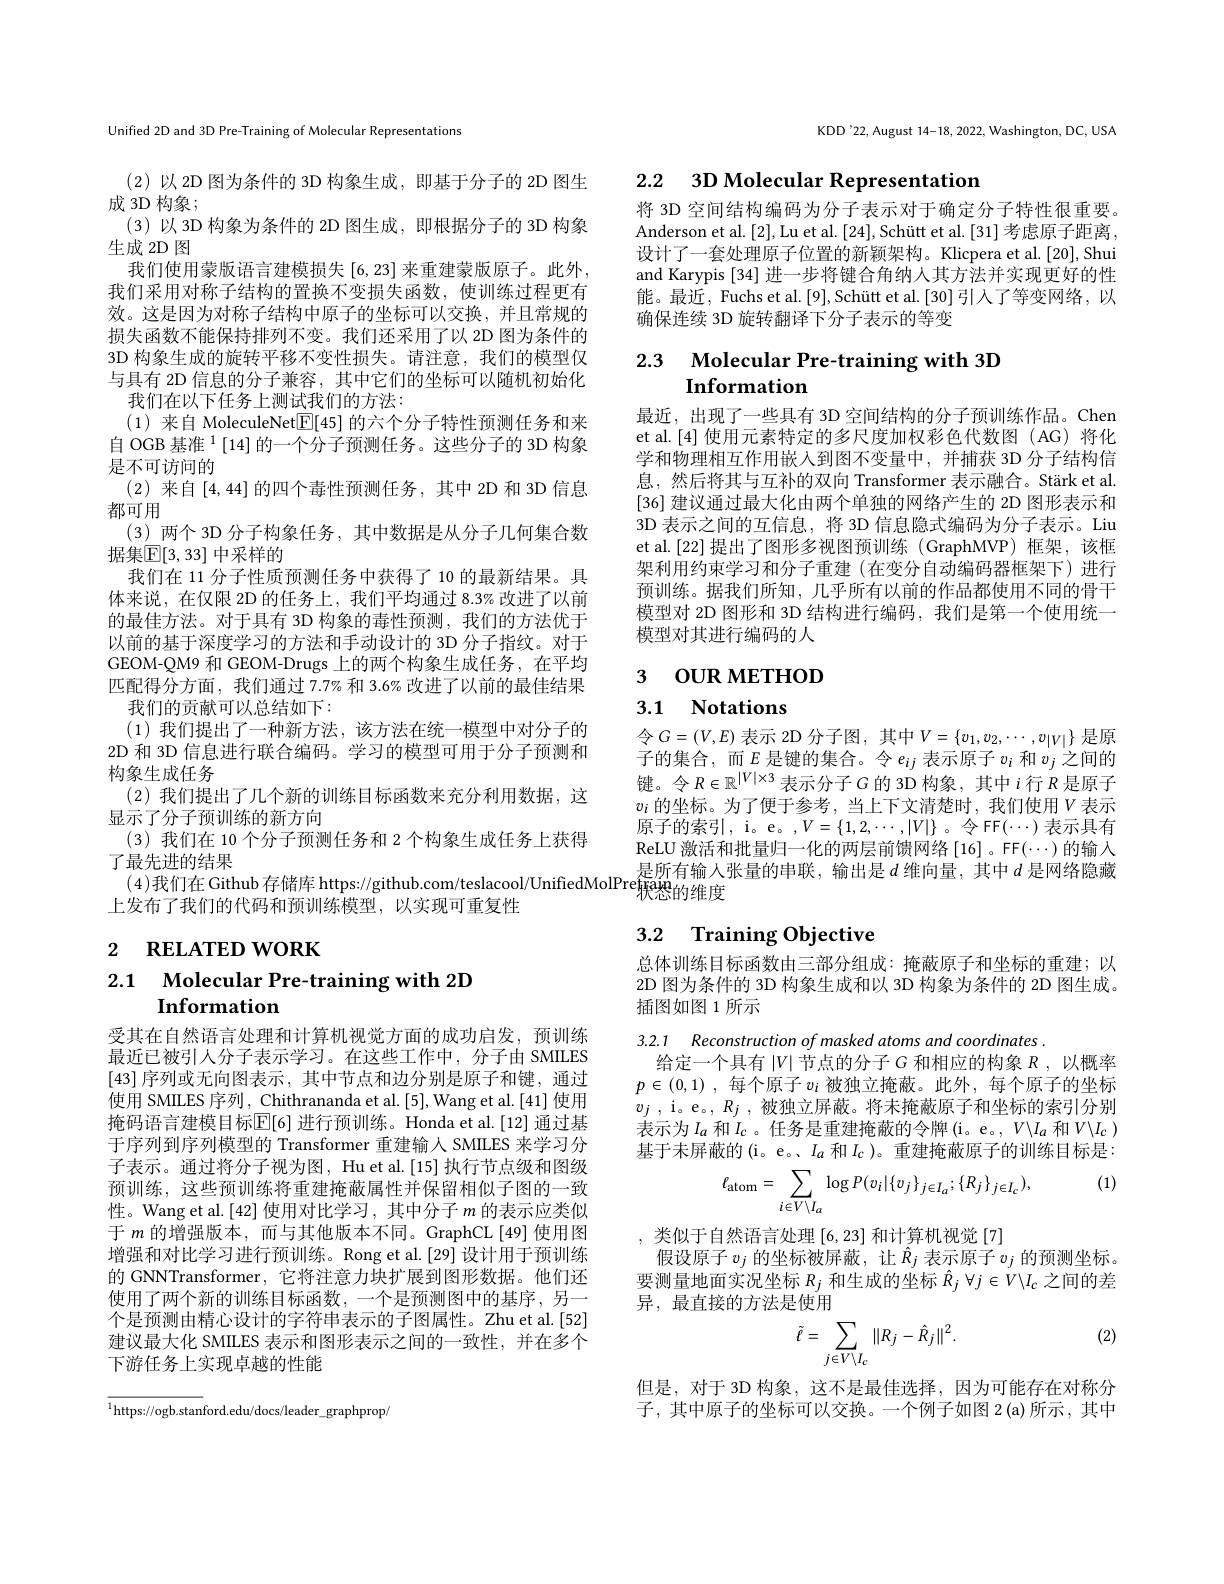
Unified 2D and 3D Pre-Training of Molecular Representations

(2)以 2D 图为条件的 3D 构象生成，即基于分子的 2D 图生
成 3D 构象；
(3)以 3D 构象为条件的 2D 图生成，即根据分子的 3D 构象
生成 2D 图
我们使用蒙版语言建模损失[6,23]来重建蒙版原子。此外， 我们采用对称子结构的置换不变损失函数，使训练过程更有效。这是因为对称子结构中原子的坐标可以交换，并且常规的损失函数不能保持排列不变。我们还采用了以 2D 图为条件的3D 构象生成的旋转平移不变性损失。请注意，我们的模型仅与具有 2D 信息的分子兼容，其中它们的坐标可以随机初始化
我们在以下任务上测试我们的方法：
(1)来自 MoleculeNet$\boxed{\mathbb{E}}[45]$的六个分子特性预测任务和来自 OGB 基准$^{1}[14]$的一个分子预测任务。这些分子的 3D 构象是不可访问的
(2) 来自[4,44]的四个毒性预测任务，其中 2D 和 3D 信息
都可用
(3) 两个 3D 分子构象任务，其中数据是从分子几何集合数
据集$\mathbb{E}[3,33]$ 中采样的
我们在 11 分子性质预测任务中获得了 10 的最新结果。具体来说，在仅限 2D 的任务上，我们平均通过 8.3% 改进了以前的最佳方法。对于具有 3D 构象的毒性预测，我们的方法优于以前的基于深度学习的方法和手动设计的 3D 分子指纹。对于GEOM-QM9 和 GEOM-Drugs 上的两个构象生成任务，在平均匹配得分方面，我们通过7.7% 和 3.6% 改进了以前的最佳结果
我们的贡献可以总结如下：
(1)我们提出了一种新方法，该方法在统一模型中对分子的2D 和 3D 信息进行联合编码。学习的模型可用于分子预测和构象生成任务
(2) 我们提出了几个新的训练目标函数来充分利用数据，这
显示了分子预训练的新方向
(3) 我们在 10 个分子预测任务和 2 个构象生成任务上获得
了最先进的结果$\begin{aligned}&\text{(4)我们在 Github存储库 https://github.com/teslacool/UnifiedMolPre}^{\text{是所有输入张量的申联，输出是 }d\text{ 维向量，其中 }d\text{ 是网络隐藏}\\&\text{上发布了我们的代码和预训练模型}^{\text{以实现可重复性}}\end{aligned}\text{是所有输入张量的申联，输出是 }d\text{ 维向量，其中 }d\text{ 是网络隐濑}}\\&\text{上发布了我们的代码和而训练横型}^{\text{以宝职可垂复性}}\\&\text{上发布了我们的代码和预训练模型}^{\text{以实现可重复性}}\\&\text{上发布了我们的代码$
上发布了我们的代码和预训练模型，以实现可重复性

# 2 RELATED WORK
2.1 Molecular Pre-training with 2D
# Information

受其在自然语言处理和计算机视觉方面的成功启发，预训练最近已被引人分子表示学习。在这些工作中，分子由 SMILES [43]序列或无向图表示，其中节点和边分别是原子和键，通过使用 SMILES 序列，Chithrananda et al.[5], Wang et al.[41] 使用掩码语言建模目标$\mathbb{E}[6]$ 进行预训练。Honda et al.[12] 通过基于序列到序列模型的 Transformer 重建输人 SMILES 来学习分子表示。通过将分子视为图，Hu et al.[15] 执行节点级和图级预训练，这些预训练将重建掩蔽属性并保留相似子图的一致性。Wang et al.[42] 使用对比学习，其中分子$m$的表示应类似于$m$的增强版本，而与其他版本不同。GraphCL[49]使用图增强和对比学习进行预训练。Rong et al.[29] 设计用于预训练的 GNNTransformer, 它将注意力块扩展到图形数据。他们还使用了两个新的训练目标函数，一个是预测图中的基序，另一个是预测由精心设计的字符串表示的子图属性。Zhu et al.[52] 建议最大化 SMILES 表示和图形表示之间的一致性，并在多个下游任务上实现卓越的性能

${\overline{^{1}\text{https://ogb.stan}}\text{ford.edu/docs/leader}\_\text{graphprop/}}$

KDD'22, August 14-18, 2022, Washington, DC, USA

# 2.2 $3\mathbf{D}$ Molecular Representation

将 3D 空间结构编码为分子表示对于确定分子特性很重要。Anderson et al. [2],Lu et al. [24],Schütt et al. [31] 考虑原子距离设计了一套处理原子位置的新颖架构。Klicpera et al.[20], Shui and Karypis [34] 进一步将键合角纳人其方法并实现更好的性能。最近，Fuchs et al. [9], Schütt et al. [30] 引人了等变网络，以确保连续 3D 旋转翻译下分子表示的等变

# 2.3 Molecular Pre-training with 3D Information

最近，出现了一些具有 3D 空间结构的分子预训练作品。Chen et al.[4] 使用元素特定的多尺度加权彩色代数图(AG)将化学和物理相互作用嵌人到图不变量中，并捕获 3D 分子结构信息，然后将其与互补的双向 Transformer 表示融合。Stärk et al. [36] 建议通过最大化由两个单独的网络产生的 2D 图形表示和3D 表示之间的互信息，将 3D 信息隐式编码为分子表示。Liu et al.[22]提出了图形多视图预训练(GraphMVP) 框架，该框架利用约束学习和分子重建 (在变分自动编码器框架下)进行预训练。据我们所知，几乎所有以前的作品都使用不同的骨干模型对 2D 图形和 3D 结构进行编码，我们是第一个使用统一模型对其进行编码的人

## 3 $\textbf{OUR METHOD}$

3.1 Notations

$令G=(V,E)$表示 2D 分子图，其中$V=\{v_1,v_2,\cdots,v_{|V|}\}$是原子的集合，而$E$是键的集合。令$e_ij$表示原子$v_i$和$v_j$之间的键。令$R\in\mathbb{R}^|V|\times3$表示分子$G$的 3D 构象，其中$i$行$R$是原子$v_i$ 的坐标。为了便于参考，当上下文清楚时，我们使用$V$表示原子的索引，i。e。,$V=\{1,2,\cdots,|V|\}$。令 FF$(\cdots)$表示具有ReLU 激活和批量归一化的两层前馈网络 [16] 。FF($\cdots$)的输入

# 3.2 Training Objective

总体训练目标函数由三部分组成：掩蔽原子和坐标的重建；以2D 图为条件的 3D 构象生成和以 3D 构象为条件的 2D 图生成。插图如图 1所示

3.2.1 Reconstruction of masked atoms and coordinates .
给定一个具有$\left|V\right|$节点的分子$G$ 和相应的构象 $R$, 以概率$p\in ( 0, 1)$ ,每个原子$v_i$被独立掩蔽。此外，每个原子的坐标$v_j$ , i。e。$, R_j$ ,被独立屏蔽。将未掩蔽原子和坐标的索引分别表示为$I_a$ 和$I_c$ 。任务是重建掩蔽的令牌 (i。e。, $V\backslash I_a$ 和$V\backslash I_c)$ 基于未屏蔽的(i。e。、$I_a$ 和$I_c$ )。重建掩蔽原子的训练目标是：

(1)
$$\ell_{\mathrm{atom}}=\sum_{i\in V\setminus I_{a}}\log P(v_{i}|\{v_{j}\}_{j\in I_{a}};\{R_{j}\}_{j\in I_{c}}),$$
,类似于自然语言处理[6,23]和计算机视觉[7]
假设原子$v_j$的坐标被屏蔽，让$\tilde{R}_j$表示原子$v_j$的预测坐标。要测量地面实况坐标$R_j$和生成的坐标$\hat{R}_j\forall j\in V\backslash I_c$之间的差异，最直接的方法是使用

(2)
$$\tilde{\ell}=\sum_{j\in V\setminus I_c}\|R_j-\hat{R}_j\|^2.$$
但是，对于 3D 构象，这不是最佳选择，因为可能存在对称分子，其中原子的坐标可以交换。一个例子如图 2(a)所示，其中